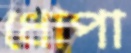
ধোপা